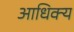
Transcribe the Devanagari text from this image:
आधिक्‍य